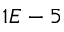
1 E - 5